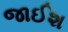
જાઈશ